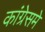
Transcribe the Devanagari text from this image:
कांग्रेसमे